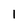
Character: 1